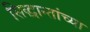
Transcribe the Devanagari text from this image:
सिद्धान्तांच्या